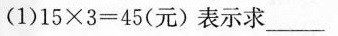
(1)$$1 5 \times 3 = 4 5$$(元)表示求___